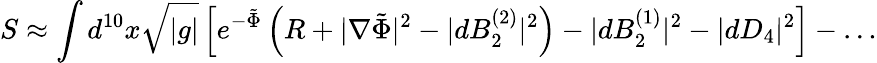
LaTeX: S\approx\int d^{10}x\sqrt{|g|}\left[e^{-\tilde{\Phi}}\left(R+|\nabla\tilde{\Phi}|^{2}-|dB_{2}^{(2)}|^{2}\right)-|dB_{2}^{(1)}|^{2}-|dD_{4}|^{2}\right]-\ldots